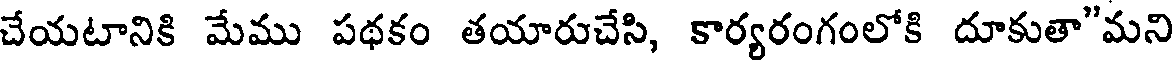
చేయటానికి మేము పథకం తయారుచేసి, కార్యరంగంలోకి దూకుతా"మని